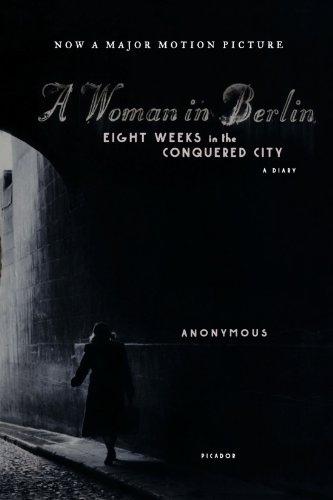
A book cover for A Woman in Berlin: Eight Weeks in the Conquered City: A Diary; Anonymous; Biographies & Memoirs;